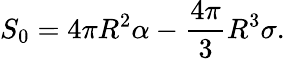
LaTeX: S_{0}=4\pi R^{2}\alpha-\frac{4\pi}{3}R^{3}\sigma.